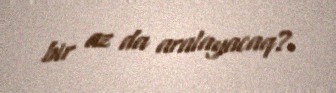
bir az da aralayacaq?.